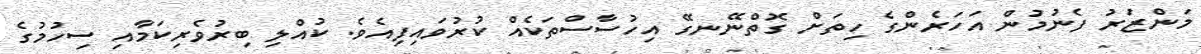
މަންޒަރު ފެނުމުން އަހަރެންގެ ހިތަށް ގޮތްނޭނގޭ އިހުސާސްތަކެއް ކުރުވައިފިއެވެ. ކުއްލި ބިރުވެރިކަމާއި ސިހުމުގެ